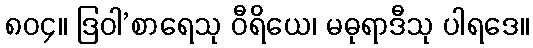
၈၀၄။ ဒြဝါ’စာရေသု ဝီရိယေ၊ မဓုရာဒီသု ပါရဒေ။